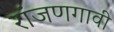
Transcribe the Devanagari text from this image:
रांजणगावी